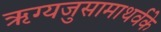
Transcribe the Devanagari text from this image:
ऋग्यजुसामाथर्वके